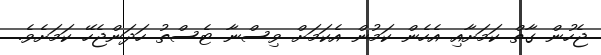
ޖެހުން ގާތް ކަމަށާއި އެހެން ކަމުން އެކަމަށް ވިސްނާ ޓެސްތު ހަދަންޖެހޭ ކަމަށެވެ.